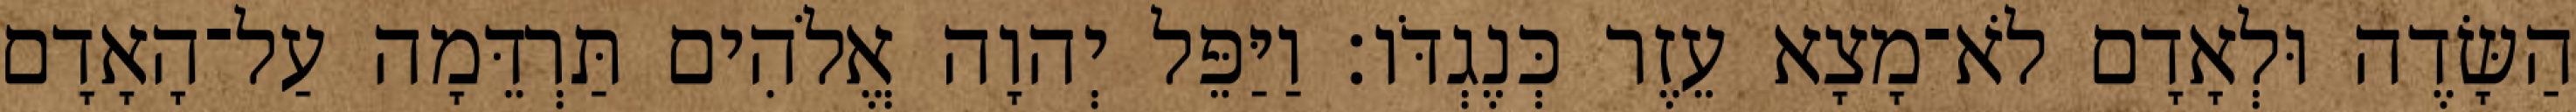
הַשָּׂדֶה וּלְאָדָם לֹא־מָצָא עֵזֶר כְּנֶגְדֹּו׃ וַיַּפֵּל יְהוָה אֱלֹהִים תַּרְדֵּמָה עַל־הָאָדָם